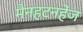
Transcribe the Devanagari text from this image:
मैनहटनहेंज